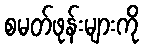
စမတ်ဖုန်းများကို